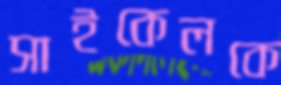
সাইকেলকে